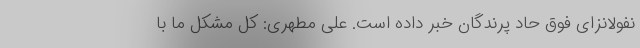
نفولانزای فوق حاد پرندگان خبر داده است. علی مطهری: کل مشکل ما با